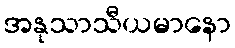
အနုသာသီယမာနော